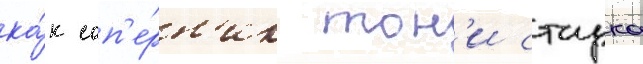
ка́к соп'е́рн'ик тон'и старка